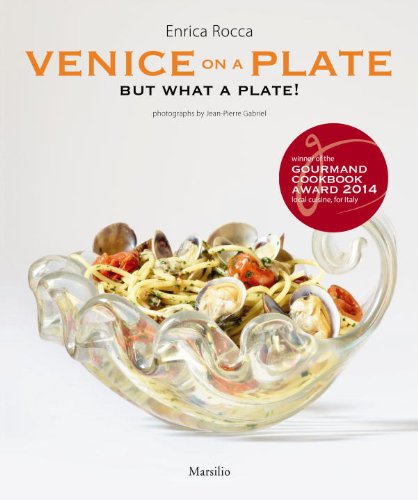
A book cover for Venice On A Plate: But What A Plate!; Enrica Rocca; Crafts, Hobbies & Home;